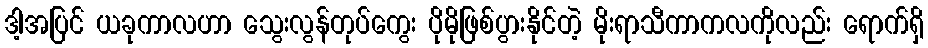
ဒါ့အပြင် ယခုကာလဟာ သွေးလွန်တုပ်ကွေး ပိုမိုဖြစ်ပွားနိုင်တဲ့ မိုးရာသီကာကလကိုလည်း ရောက်ရှိ